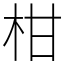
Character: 柑